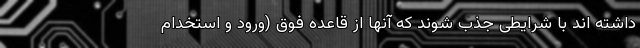
داشته اند با شرایطی جذب شوند که آنها از قاعده فوق (ورود و استخدام